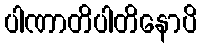
ပါဏာတိပါတိနောပိ